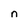
Character: n